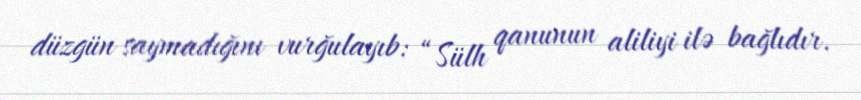
düzgün saymadığını vurğulayıb: “Sülh qanunun aliliyi ilə bağlıdır.